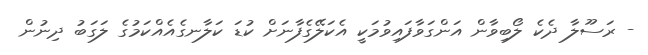
- ރަސޫލާ ދެކެ ލޯބިވާން އަންގަވާފައިވުމަކީ އެކަލޭގެފާނަށް ކުޑަ ކަލާނގެއެއްކަމުގެ ލަގަބު ދިނުން